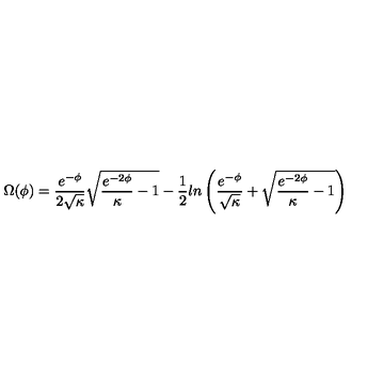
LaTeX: \Omega ( \phi ) = \frac { e ^ { - \phi } } { 2 \sqrt { \kappa } } \sqrt { \frac { e ^ { - 2 \phi } } { \kappa } - 1 } - \frac { 1 } { 2 } l n \left( \frac { e ^ { - \phi } } { \sqrt { \kappa } } + \sqrt { \frac { e ^ { - 2 \phi } } { \kappa } - 1 } \right)